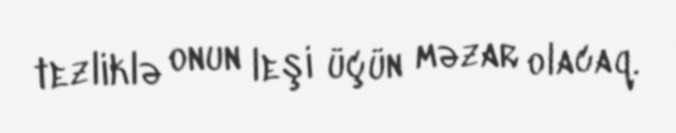
tezliklə onun leşi üçün məzar olacaq.